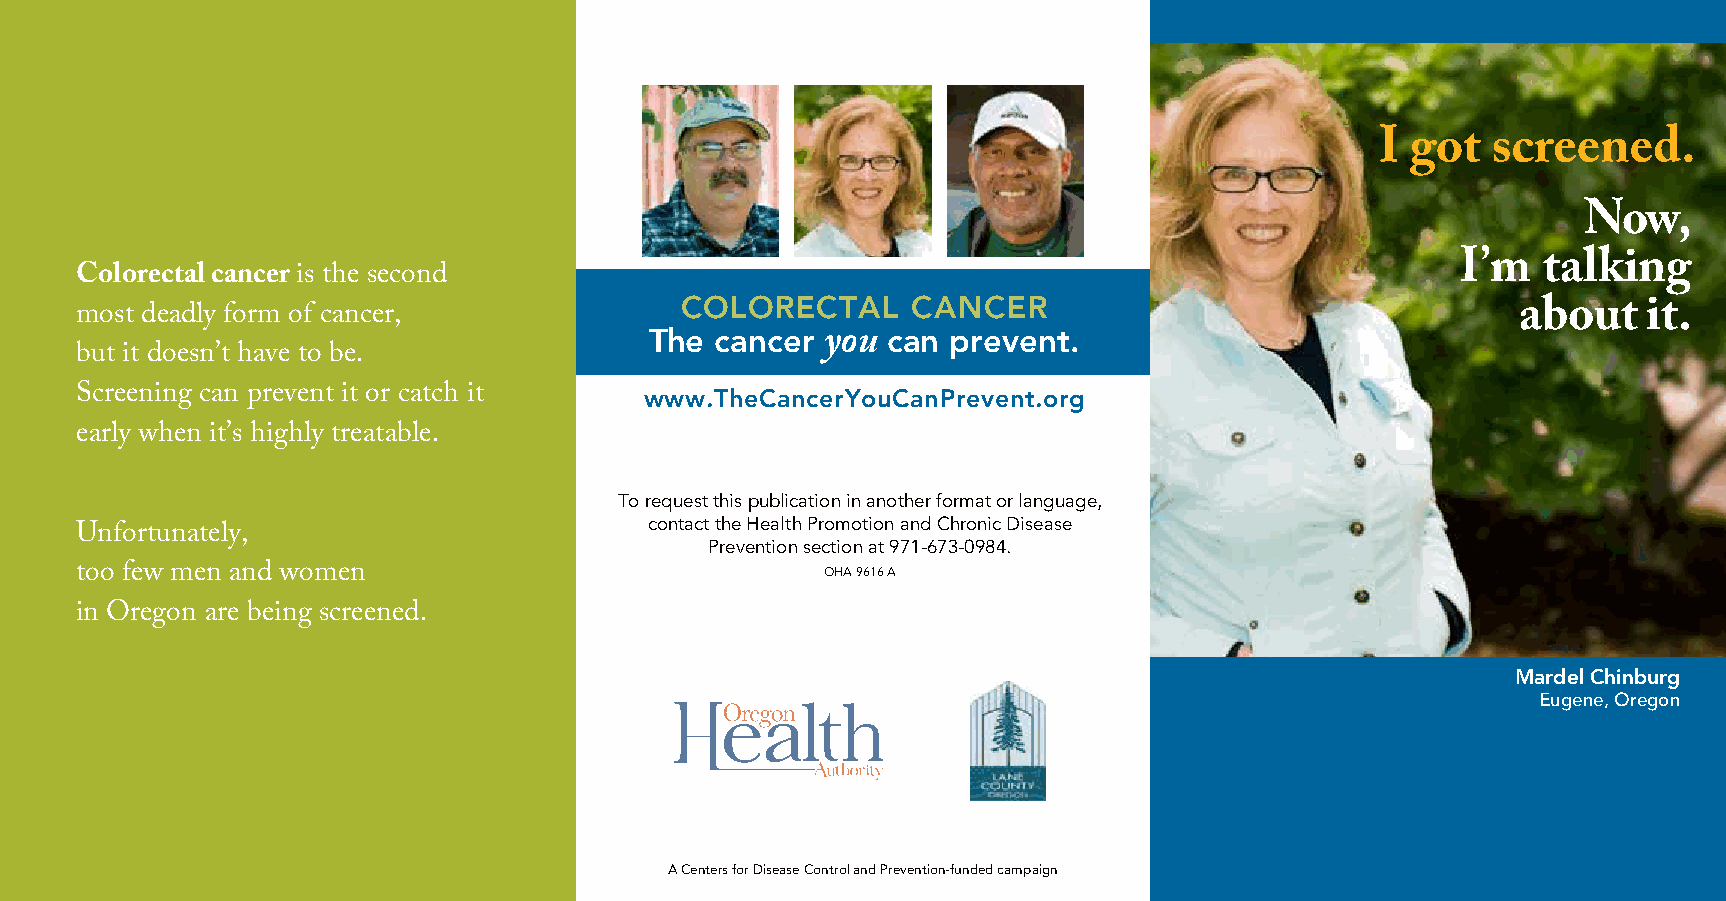
I got   screened.
 Now,
 I’m  talking
 Colorectal cancer is the second
 COLORECTAL     CANCER
 most deadly form of cancer,                                                                     about   it.
 The cancer      can prevent.
 you
 but it doesn’t have to be.
 Screening can prevent it or catch it  www.TheCancerYouCanPrevent.org
 early when it’s highly treatable.
 To request this publication in another format or language,
 contact the Health Promotion and Chronic Disease
 Unfortunately,
 Prevention section at 971-673-0984.
 too few men and women                             OHA 9616 A
 in Oregon are being screened.
 Mardel Chinburg
 Eugene, Oregon
 A Centers for Disease Control and Prevention-funded campaign